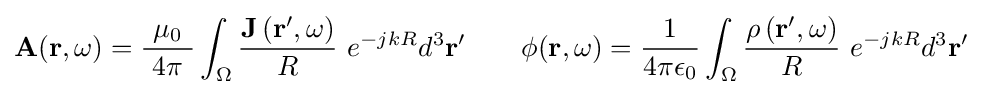
\mathbf {A} \!\left(\mathbf {r} ,\omega \right)={\frac {\mu _{0}}{\ 4\pi \ }}\int _{\Omega }{\frac {\mathbf {J} \left(\mathbf {r} ',\omega \right)}{R}}\ e^{-jkR}d^{3}\mathbf {r} '\qquad \phi \!\left(\mathbf {r} ,\omega \right)={\frac {1}{4\pi \epsilon _{0}}}\int _{\Omega }{\frac {\rho \left(\mathbf {r} ',\omega \right)}{R}}\ e^{-jkR}d^{3}\mathbf {r} '